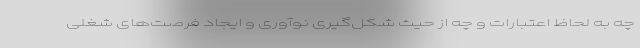
چه به لحاظ اعتبارات و چه از حیث شکل‌گیری نوآوری و ایجاد فرصت‌های شغلی